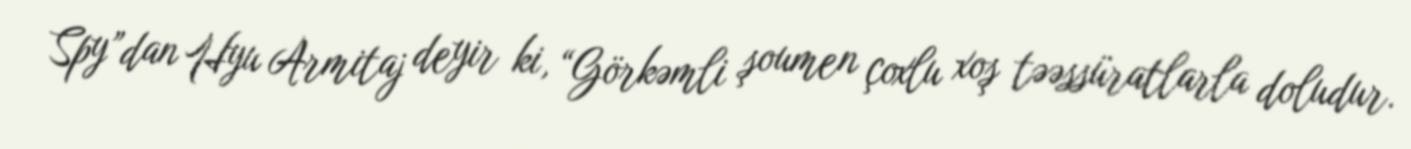
Spy”dan Hyu Armitaj deyir ki, “Görkəmli şoumen çoxlu xoş təəssüratlarla doludur.